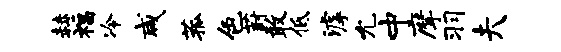
赫福冷咸菰色葑敢低滹允中摩羽夫